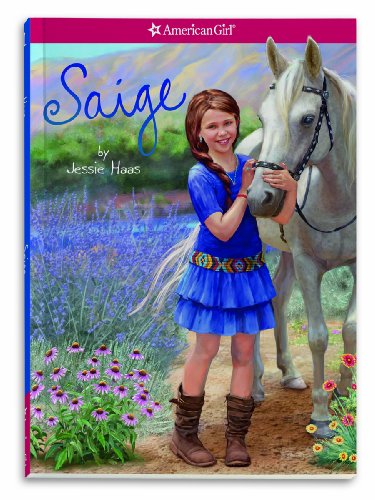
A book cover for Saige (American Girl Today); Jessie Haas; Children's Books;